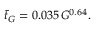
\bar { t } _ { G } = 0 . 0 3 5 \, G ^ { 0 . 6 4 } .